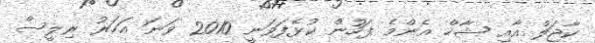
ކާޖަލް އާއި ޝާހް އެންމެ ފަހުން ކުޅެފަވަނީ 2010 ވަނަ އަހަރު ރިލީސް